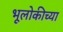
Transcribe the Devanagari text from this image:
भूलोकीच्या